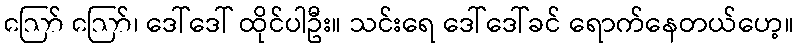
ဪ ဪ၊ ဒေါ်ဒေါ် ထိုင်ပါဦး။ သင်းရေ ဒေါ်ဒေါ်ခင် ရောက်နေတယ်ဟေ့။